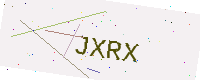
Text: JXRX